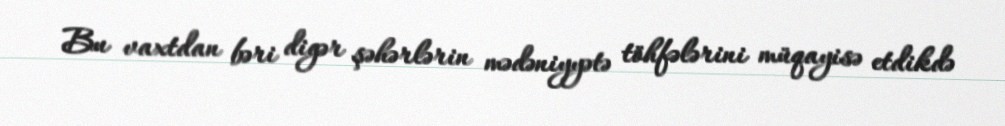
Bu vaxtdan bəri digər şəhərlərin mədəniyyətə töhfələrini müqayisə etdikdə